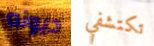
ديونه تكتشفي